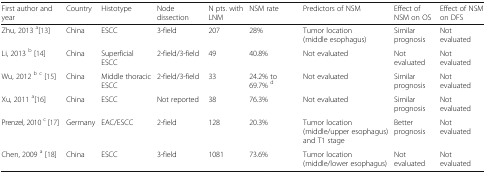
| First author and year | Country | Histotype | Node dissection | N pts. with LNM | NSM rate | Predictors of NSM | Effect of NSM on OS | Effect of NSM on DFS |
 | --- | --- | --- | --- | --- | --- | --- | --- | --- |
 | Zhu, 2013 a[13] | China | ESCC | 3-field | 207 | 28% | Tumor location (middle esophagus) | Similar prognosis | Not evaluated |
 | Li, 2013 b [14] | China | Superficial ESCC | 2-field/3-field | 49 | 40.8% | Not evaluated | Not evaluated | Not evaluated |
 | Wu, 2012 b c [15] | China | Middle thoracic ESCC | 2-field/3-field | 33 | 24.2% to 69.7% d | Not evaluated | Similar prognosis | Not evaluated |
 | Xu, 2011 a[16] | China | ESCC | Not reported | 38 | 76.3% | Not evaluated | Similar prognosis | Not evaluated |
 | Prenzel, 2010 c [17] | Germany | EAC/ESCC | 2-field | 128 | 20.3% | Tumor location (middle/upper esophagus) and T1 stage | Better prognosis | Not evaluated |
 | Chen, 2009 a [18] | China | ESCC | 3-field | 1081 | 73.6% | Tumor location (middle/lower esophagus) | Not evaluated | Not evaluated |